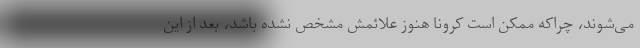
می‌شوند، چراکه ممکن است کرونا هنوز علائمش مشخص نشده باشد، بعد از این